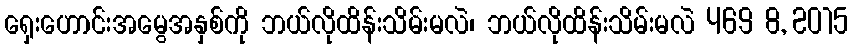
ရှေးဟောင်းအမွေအနှစ်ကို ဘယ်လိုထိန်းသိမ်းမလဲ၊ ဘယ်လိုထိန်းသိမ်းမလဲ 469 8, 2015